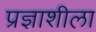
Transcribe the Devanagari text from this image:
प्रज्ञाशीला